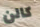
كالن